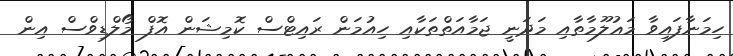
ހިމަނާފައިވާ މަޢުލޫމާތާއި މަދަނީ ޖަމާއަތްތަކާއި ހިއުމަން ރައިޓްސް ކޮމިޝަން އޮފް މޯލްޑިވްސް އިން